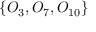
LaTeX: \{ O _ { 3 } , O _ { 7 } , O _ { 1 0 } \}